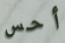
أحس